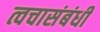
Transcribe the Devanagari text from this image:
त्वचासंबंधी